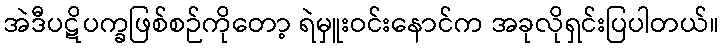
အဲဒီပဋိပက္ခဖြစ်စဉ်ကိုတော့ ရဲမှူးဝင်းနောင်က အခုလိုရှင်းပြပါတယ်။